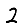
Digit: 2